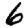
Digit: 6